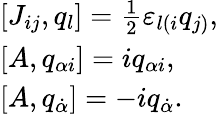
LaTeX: \begin{array}{l}{{[J_{ij},q_{l}]=\frac{1}{2}\varepsilon_{l(i}q_{j)},}}\\ {{[A,q_{\alpha i}]=iq_{\alpha i},}}\\ {{[A,q_{\dot{\alpha}}]=-iq_{\dot{\alpha}}.}}\end{array}